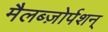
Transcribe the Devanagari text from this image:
मैलब्ज़ोर्पशन्